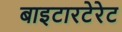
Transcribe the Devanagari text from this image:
बाइटारटेरेट